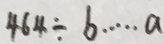
4 6 4 \div b \cdots a